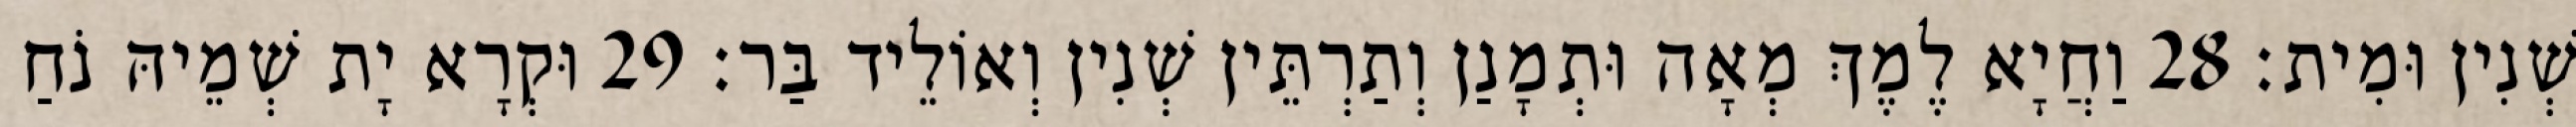
שְׁנִין וּמִית׃ 28 וַחֲיָא לֶמֶךְ מְאָה וּתְמָנַן וְתַרְתֵּין שְׁנִין וְאוֹלֵיד בַּר׃ 29 וּקְרָא יָת שְׁמֵיהּ נֹחַ